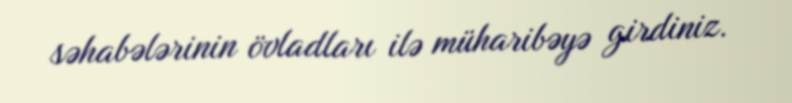
səhabələrinin övladları ilə müharibəyə girdiniz.